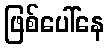
ဖြစ်ပေါ်နေ